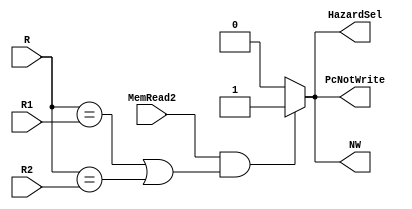
module HazardUnit(input MemRead2, input[2:0] R, R1, R2, output reg HazardSel, NW, PcNotWrite);
  always@(MemRead2, R, R1, R2) begin
    HazardSel = 1'b0;
    NW = 1'b0;
    PcNotWrite = 1'b0;
    if(MemRead2 & ((R == R1) | (R == R2)))
    begin
      HazardSel = 1'b1;
      NW = 1'b1;
      PcNotWrite = 1'b1;
    end
        
  end
endmodule